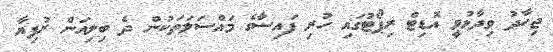
ޖިހާދު ވިދާޅުވީ އޮޑިޓް ރިޕޯޓުގައި ހުރި ފައިސާގެ މައްސަލަތަކުން ދެ ބިލިއަން ރުފިޔާ